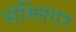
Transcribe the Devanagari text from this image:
संग्लिएर